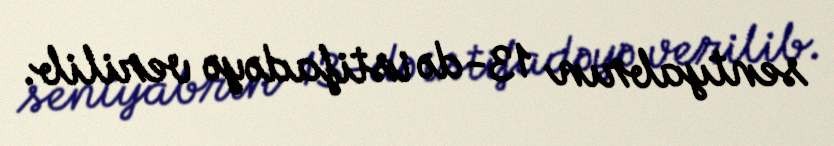
sentyabrın 13-də istifadəyə verilib.